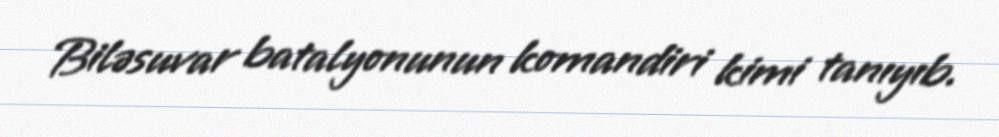
Biləsuvar batalyonunun komandiri kimi tanıyıb.